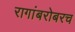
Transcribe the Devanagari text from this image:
रागांबरोबरच